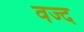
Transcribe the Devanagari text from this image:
वज्द